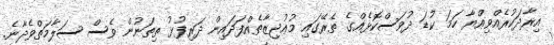
އިރާދަކުރެއްވިއްޔާ ހަމަ ކުޑަ ދުވަސްކޮޅެއްގެ ތެރޭގައި މުޢުޖިޒާތެއްފަދައިން ދަރިފުޅު ތިތަނުން ވެސް ސަލާމަތްވެދާނެ.